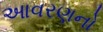
આવરણનો